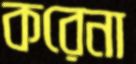
করেনা